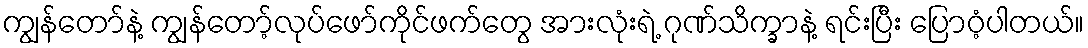
ကျွန်တော်နဲ့ ကျွန်တော့်လုပ်ဖော်ကိုင်ဖက်တွေ အားလုံးရဲ့ ဂုဏ်သိက္ခာနဲ့ ရင်းပြီး ပြောဝံ့ပါတယ်။